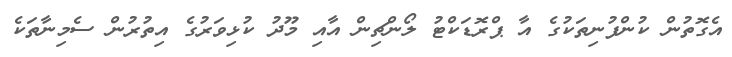
އެގޮތުން ކުންފުނިތަކުގެ އާ ޕްރޮޑަކްޓު ލޯންޗިން އާއި މޫދު ކުޅިވަރުގެ އިތުރުން ސެމިނާތަކެ